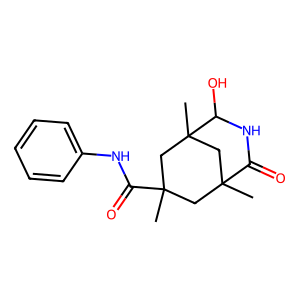
SMILES: CC1(C(=O)Nc2ccccc2)CC2(C)CC(C)(C1)C(O)NC2=O
Inhibits HIV replication: No